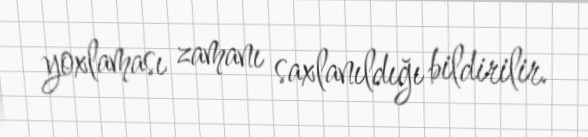
yoxlaması zamanı saxlanıldığı bildirilir.